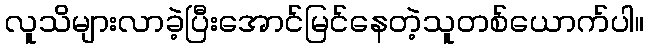
လူသိများလာခဲ့ပြီးအောင်မြင်နေတဲ့သူတစ်ယောက်ပါ။